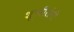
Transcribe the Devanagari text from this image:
शूरवीरांनी